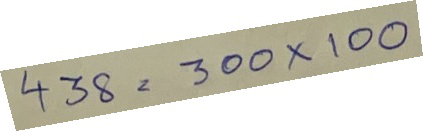
438 = 300 x 100